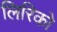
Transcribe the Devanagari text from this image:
लिरिको